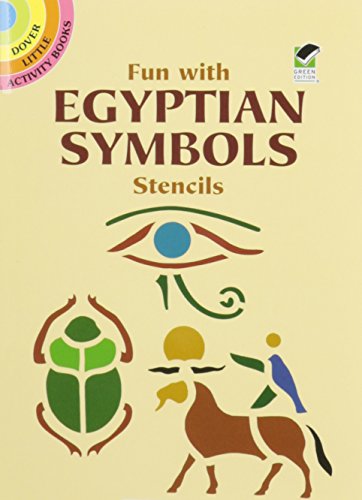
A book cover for Fun with Egyptian Symbols Stencils (Dover Stencils); Ellen Harper; History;